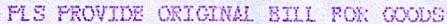
PLS PROVIDE ORIGINAL BILL FOR GOODS